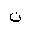
Letter: _non